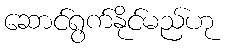
ဆောင်ရွက်နိုင်မည်ဟု